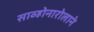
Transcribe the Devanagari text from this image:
साव्होनारोलाने